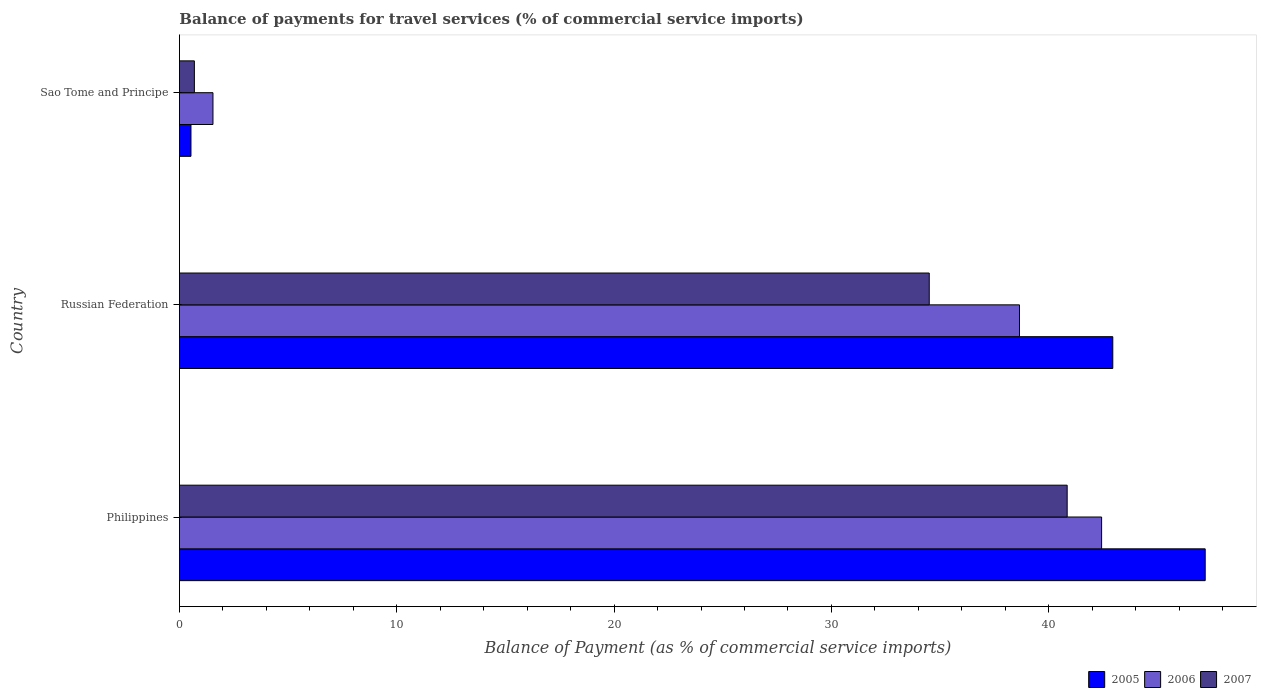
| Country | 2005 | 2006 | 2007 |
 | --- | --- | --- | --- |
 | Philippines | 47.2 | 42.4 | 40.8 |
 | Russian Federation | 42.9 | 38.7 | 34.5 |
 | Sao Tome and Principe | 0.532 | 1.54 | 0.688 |